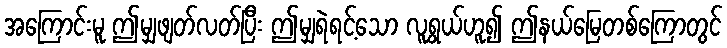
အကြောင်းမူ ဤမျှဖျတ်လတ်ပြီး ဤမျှရဲရင့်သော လူရွယ်ဟူ၍ ဤနယ်မြေတစ်ကြောတွင်